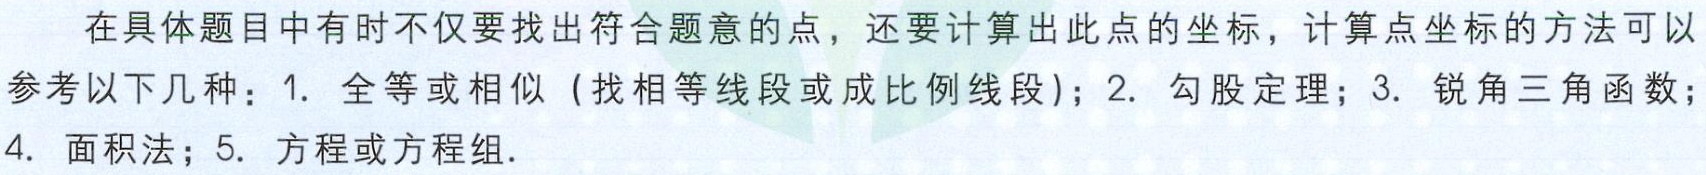
在具体题目中有时不仅要找出符合题意的点，还要计算出此点的坐标，计算点坐标的方法可以

参考以下几种：1. 全等或相似（找相等线段或成比例线段）；2. 勾股定理；3. 锐角三角函数；

4. 面积法；5. 方程或方程组.